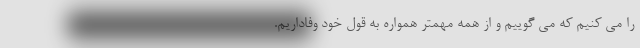
را می کنیم که می گوییم و از همه مهمتر همواره به قول خود وفاداریم.